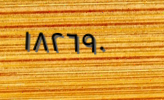
١٨٢٦٩٠